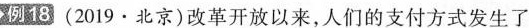
18(2019·北京)改革开放以来，人们的支付方式发生了